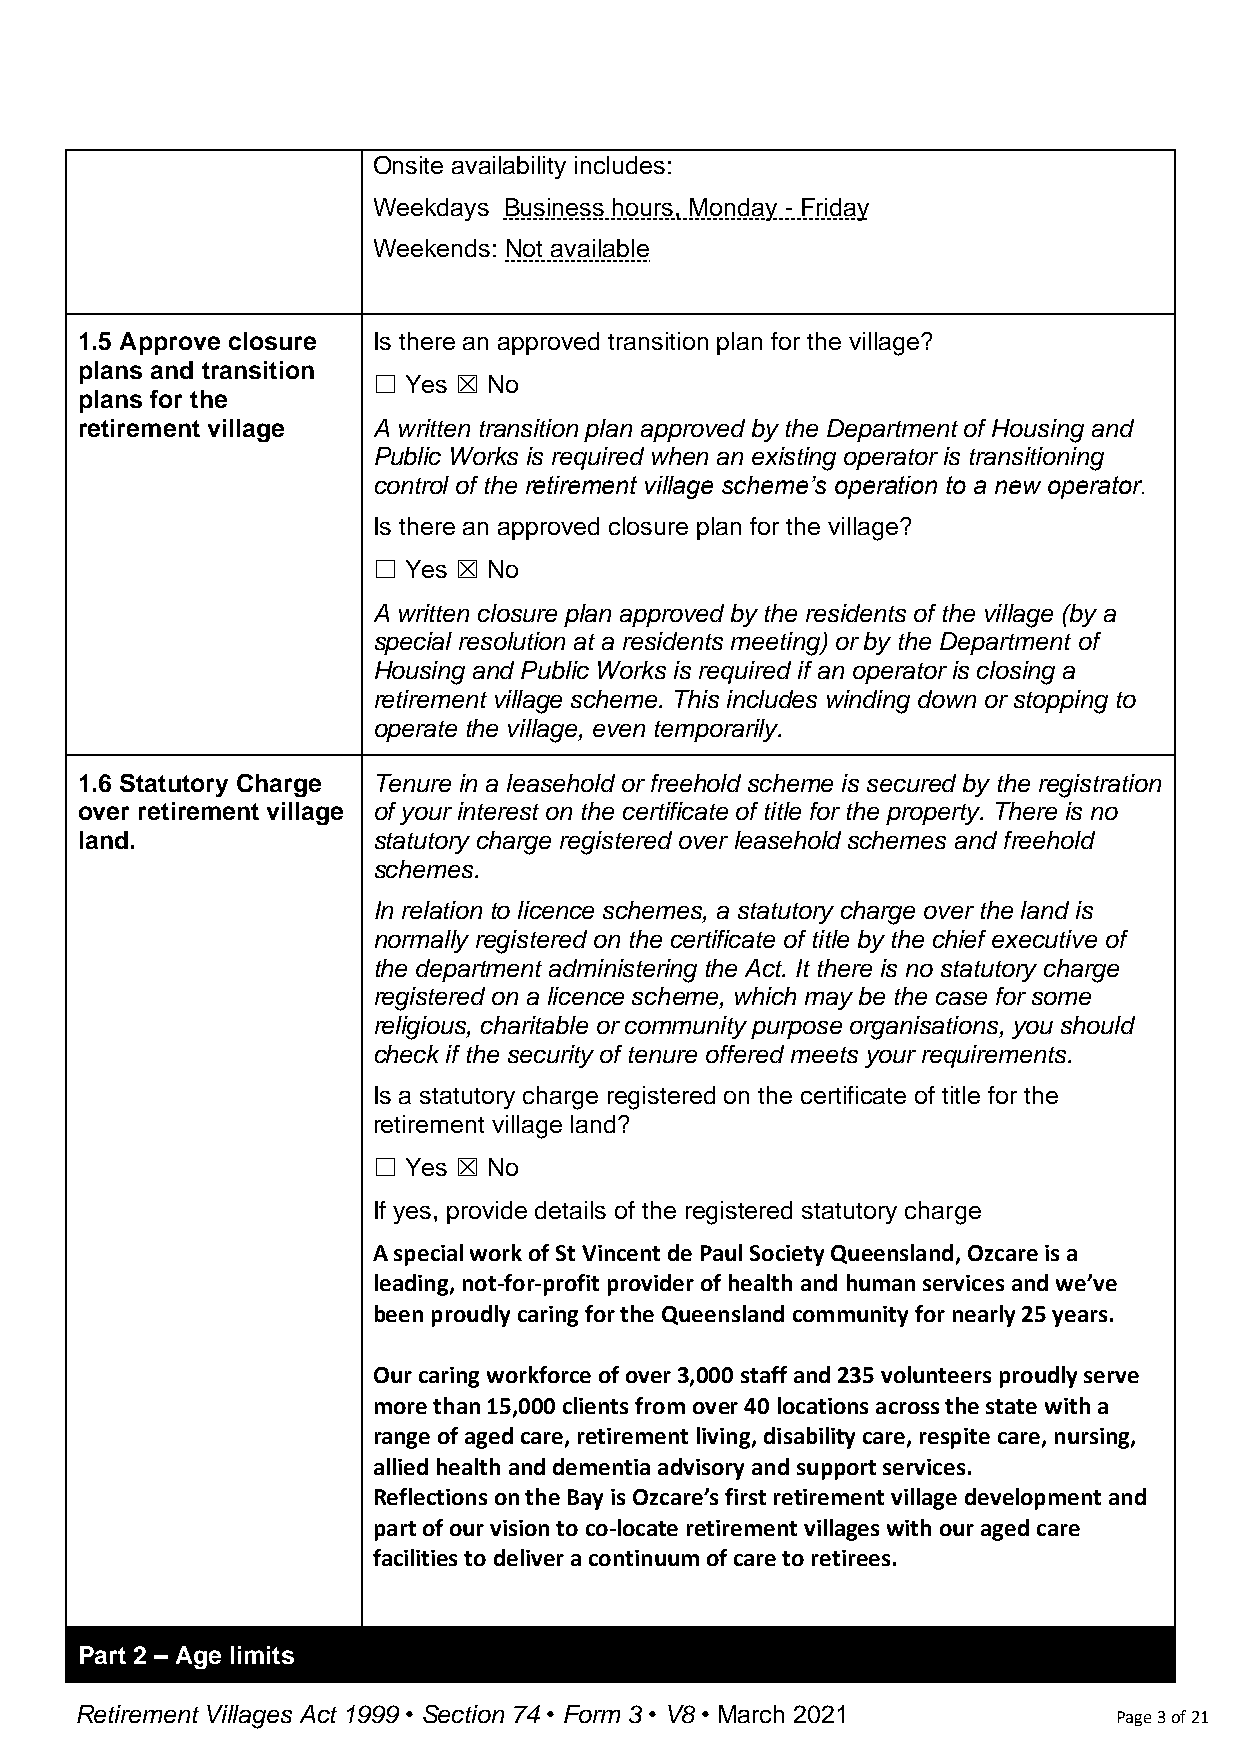
Onsite availability includes:
 Weekdays Business hours, Monday - Friday
 Weekends: Not available
 1.5 Approve closure Is there an approved transition plan for the village?
 plans and transition
 ☐ Yes ☒ No
 plans for the
 retirement village  A written transition plan approved by the Department of Housing and
 Public Works is required when an existing operator is transitioning
 control of the retirement village scheme’s operation to a new operator.
 Is there an approved closure plan for the village?
 ☐ Yes ☒ No
 A written closure plan approved by the residents of the village (by a
 special resolution at a residents meeting) or by the Department of
 Housing and Public Works is required if an operator is closing a
 retirement village scheme. This includes winding down or stopping to
 operate the village, even temporarily.
 1.6 Statutory Charge Tenure in a leasehold or freehold scheme is secured by the registration
 over retirement village of your interest on the certificate of title for the property. There is no
 land.               statutory charge registered over leasehold schemes and freehold
 schemes.
 In relation to licence schemes, a statutory charge over the land is
 normally registered on the certificate of title by the chief executive of
 the department administering the Act. It there is no statutory charge
 registered on a licence scheme, which may be the case for some
 religious, charitable or community purpose organisations, you should
 check if the security of tenure offered meets your requirements.
 Is a statutory charge registered on the certificate of title for the
 retirement village land?
 ☐ Yes ☒ No
 If yes, provide details of the registered statutory charge
 A special work of St Vincent de Paul Society Queensland, Ozcare is a
 leading, not-for-profit provider of health and human services and we’ve
 been proudly caring for the Queensland community for nearly 25 years.
 Our caring workforce of over 3,000 staff and 235 volunteers proudly serve
 more than 15,000 clients from over 40 locations across the state with a
 range of aged care, retirement living, disability care, respite care, nursing,
 allied health and dementia advisory and support services.
 Reflections on the Bay is Ozcare’s first retirement village development and
 part of our vision to co-locate retirement villages with our aged care
 facilities to deliver a continuum of care to retirees.
 Part 2 – Age limits
 Retirement Villages Act 1999 • Section 74 • Form 3 • V8 • March 2021 Page 3 of 21